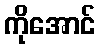
ကိုအောင်